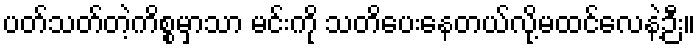
ပတ်သတ်တဲ့ကိစ္စမှာသာ မင်းကို သတိပေးနေတယ်လို့မထင်လေနဲ့ဉီး။